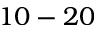
1 0 - 2 0